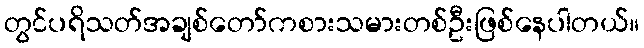
တွင်ပရိသတ်အချစ်တော်ကစားသမားတစ်ဦးဖြစ်နေပါတယ်။